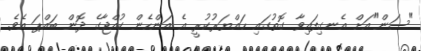
"ސަން"އަށް އެނގިފައިވާ ގޮތުގައި ހައްޔަރުކުރީ އެ އަންހެން ކުއްޖާގެ ދޮން ބައްޕަ އެވެ.